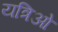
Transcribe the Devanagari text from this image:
यत्रिओ